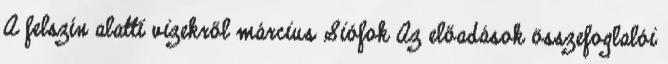
A felszín alatti vizekről március Siófok Az előadások összefoglalói